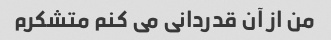
من از آن قدردانی می کنم متشکرم